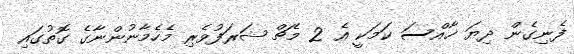
ފެނިގެން ދިޔަ ޚާއްސަ ކަމަކީ އެ 2 މެޗް ޝަރަފުވެރި މެހެމާނުންނާގެ ގޮތުގައި